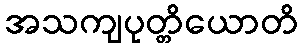
အသကျပုတ္တိယောတိ